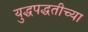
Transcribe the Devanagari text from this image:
युद्धपद्धतीच्या